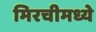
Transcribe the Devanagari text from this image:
मिरचीमध्ये